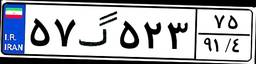
۳۰گ۶۵۵۶۳